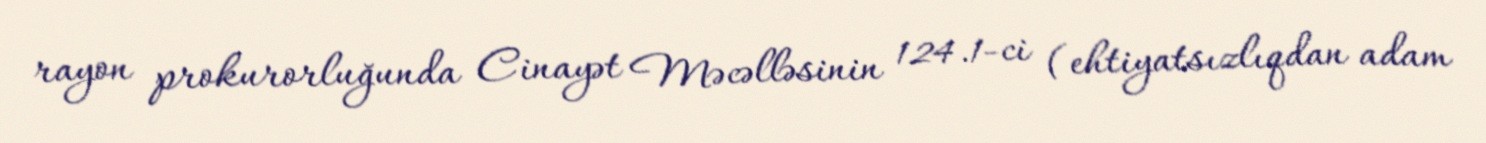
rayon prokurorluğunda Cinayət Məcəlləsinin 124.1-ci (ehtiyatsızlıqdan adam